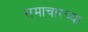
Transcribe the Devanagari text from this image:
समाचारच्या